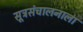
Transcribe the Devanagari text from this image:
सूत्रसंचालनाला